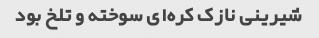
شیرینی نازک کره‌ای سوخته و تلخ بود